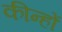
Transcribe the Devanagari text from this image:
कीन्हों